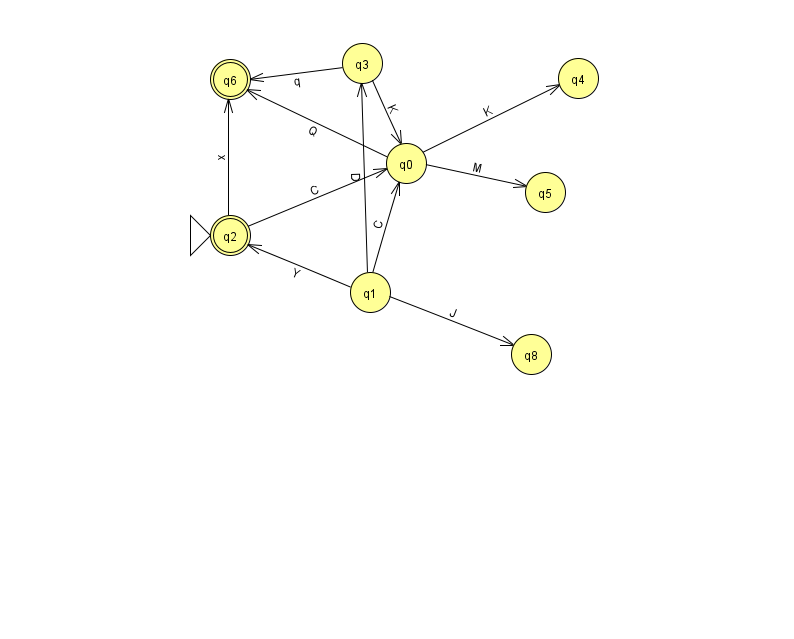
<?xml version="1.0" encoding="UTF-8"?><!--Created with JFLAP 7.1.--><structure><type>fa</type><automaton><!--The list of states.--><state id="0" name="q0"><x>406.0</x><y>150.0</y></state><state id="1" name="q1"><x>370.0</x><y>279.0</y></state><state id="2" name="q2"><x>230.0</x><y>222.0</y><initial/><final/></state><state id="3" name="q3"><x>362.0</x><y>50.0</y></state><state id="4" name="q4"><x>578.0</x><y>65.0</y></state><state id="5" name="q5"><x>545.0</x><y>179.0</y></state><state id="6" name="q6"><x>230.0</x><y>66.0</y><final/></state><state id="8" name="q8"><x>531.0</x><y>341.0</y></state><!--The list of transitions.--><transition><from>1</from><to>2</to><read>Y</read></transition><transition><from>0</from><to>6</to><read>Q</read></transition><transition><from>0</from><to>4</to><read>K</read></transition><transition><from>1</from><to>8</to><read>J</read></transition><transition><from>2</from><to>0</to><read>C</read></transition><transition><from>3</from><to>6</to><read>q</read></transition><transition><from>0</from><to>5</to><read>M</read></transition><transition><from>2</from><to>6</to><read>x</read></transition><transition><from>3</from><to>0</to><read>K</read></transition><transition><from>1</from><to>0</to><read>C</read></transition><transition><from>1</from><to>3</to><read>D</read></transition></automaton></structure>